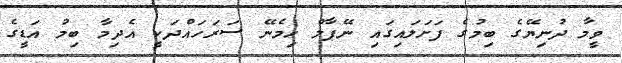
ވީމާ ދުނިޔޭގެ ބިމުގެ ފަށަލައިގައި ނޭޕާލް ހިމެނޭ ސަރަހައްދަކީ އެދިމާ ބިމު އަޑީގެ